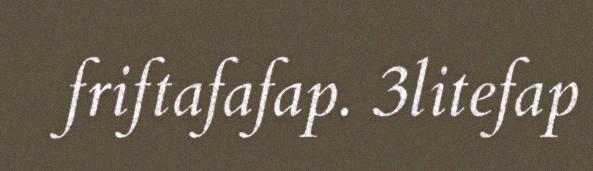
friftafafap. 3litefap